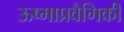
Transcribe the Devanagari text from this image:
ऊष्माप्रवैगिकी